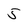
Character: 5